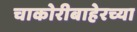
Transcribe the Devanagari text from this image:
चाकोरीबाहेरच्या